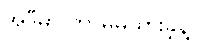
အဲဒီမှာ ဘာမှမထားခဲ့နဲ့။